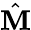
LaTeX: \hat{{\mathbf M}}